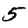
Digit: 5